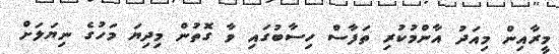
މީރާއިން މިއަދު އާންމުކުރި ތަފާސް ހިސާބުގައި ވާ ގޮތުން މިދިޔަ މަހުގެ ނިޔަލަށް